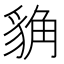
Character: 𧳊